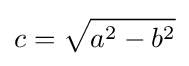
c={\sqrt {a^{2}-b^{2}}}